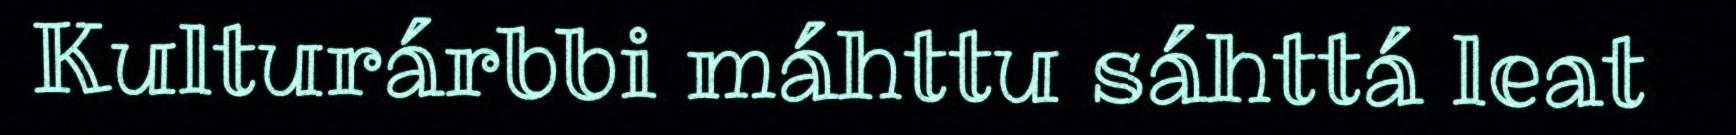
Kulturárbbi máhttu sáhttá leat